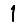
Digit: 1